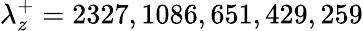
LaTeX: \lambda_{z}^{+}=2327,1086,651,429,259